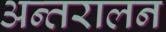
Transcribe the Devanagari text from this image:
अन्तरालन